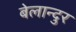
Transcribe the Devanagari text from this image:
बेलान्दुर